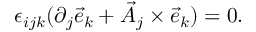
\epsilon _ { i j k } ( \partial _ { j } { \vec { e } } _ { k } + { \vec { A } } _ { j } \times { \vec { e } } _ { k } ) = 0 .